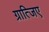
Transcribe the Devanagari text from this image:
ग्रात्जिए